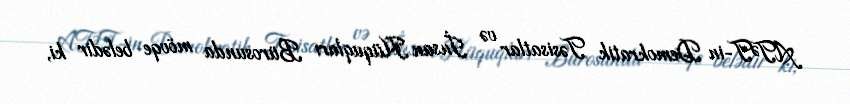
ATƏT-in Demokratik Təsisatlar və İnsan Hüquqları Bürosunda mövqe belədir ki,